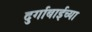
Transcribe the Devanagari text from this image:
दुर्गाबाईच्या